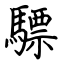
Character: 驃